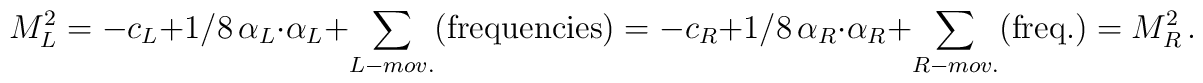
M_L^2=-c_L +1/8\,\alpha_L\cdot\alpha_L+\sum_{L-mov.}({\rm frequencies}) =-c_R +1/8\,\alpha_R\cdot\alpha_R +\sum_{R-mov.}({\rm freq.})=M_R^2\,.